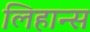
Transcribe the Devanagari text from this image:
लिहान्स